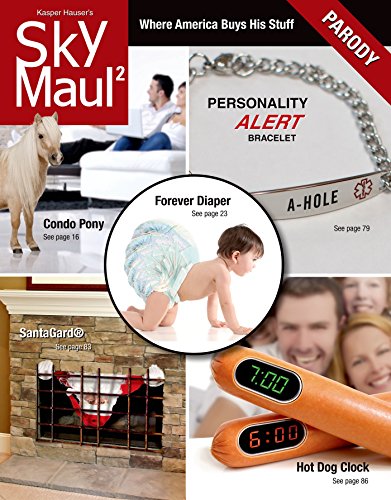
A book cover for SkyMaul 2: Where America Buys His Stuff; Robert Baedeker; Humor & Entertainment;